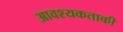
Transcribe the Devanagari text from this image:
आवश्‍यकताकी